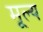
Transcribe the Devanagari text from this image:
मू्ल्य